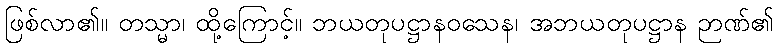
ဖြစ်လာ၏။ တသ္မာ၊ ထို့ကြောင့်။ ဘယတုပဋ္ဌာနဝသေန၊ အဘယတုပဋ္ဌာန ဉာဏ်၏